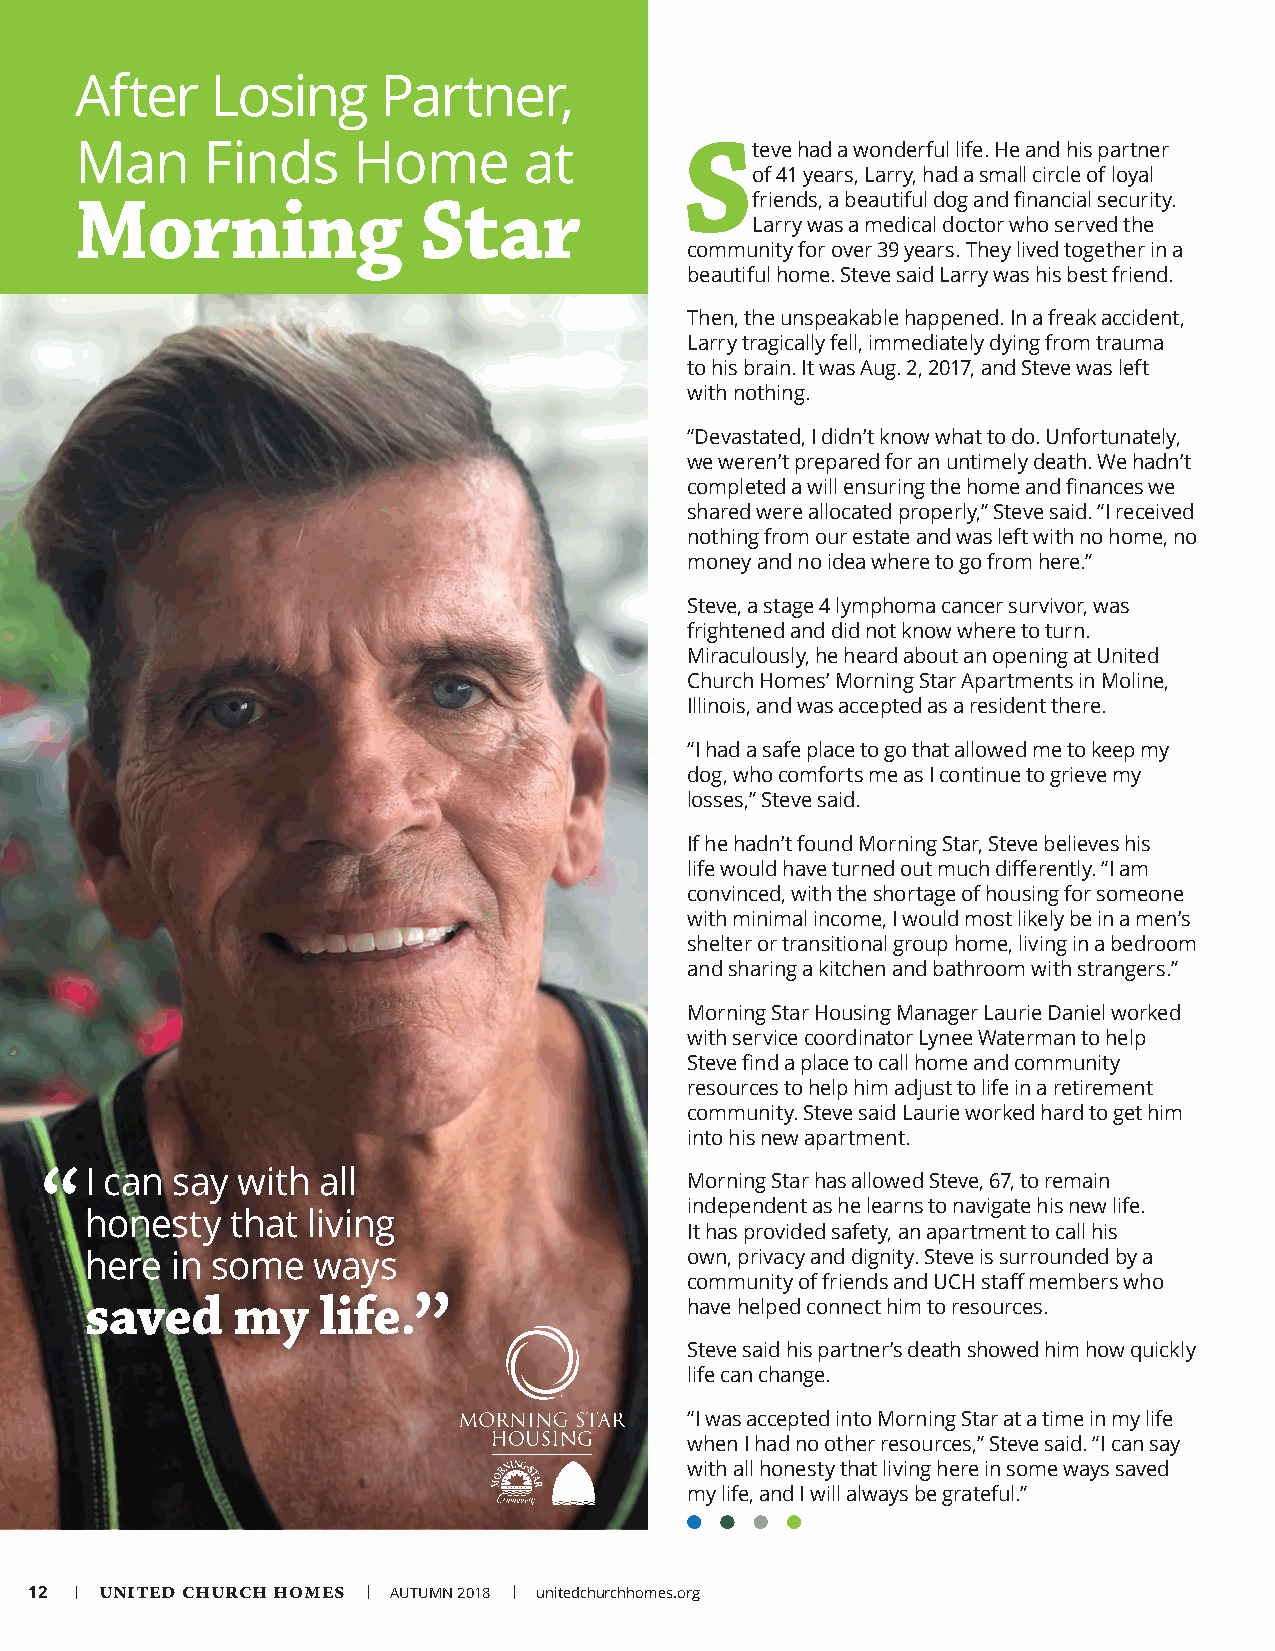
After    Losing     Partner,
 Man     Finds     Home        at        Steve   had a wonderful life. He and his partner
 of 41 years, Larry, had a small circle of loyal
 friends, a beautiful dog and financial security.
 Morning                Star
 Larry was a medical doctor who served the
 community for over 39 years. They lived together in a
 beautiful home. Steve said Larry was his best friend.
 Then, the unspeakable happened. In a freak accident,
 Larry tragically fell, immediately dying from trauma
 to his brain. It was Aug. 2, 2017, and Steve was left
 with nothing.
 “Devastated, I didn’t know what to do. Unfortunately,
 we weren’t prepared for an untimely death. We hadn’t
 completed a will ensuring the home and finances we
 shared were allocated properly,” Steve said. “I received
 nothing from our estate and was left with no home, no
 money and no idea where to go from here.”
 Steve, a stage 4 lymphoma cancer survivor, was
 frightened and did not know where to turn.
 Miraculously, he heard about an opening at United
 Church Homes’ Morning Star Apartments in Moline,
 Illinois, and was accepted as a resident there.
 “I had a safe place to go that allowed me to keep my
 dog, who comforts me as I continue to grieve my
 losses,” Steve said.
 If he hadn’t found Morning Star, Steve believes his
 life would have turned out much differently. “I am
 convinced, with the shortage of housing for someone
 with minimal income, I would most likely be in a men’s
 shelter or transitional group home, living in a bedroom
 and sharing a kitchen and bathroom with strangers.”
 Morning Star Housing Manager Laurie Daniel worked
 with service coordinator Lynee Waterman to help
 Steve find a place to call home and community
 resources to help him adjust to life in a retirement
 community. Steve said Laurie worked hard to get him
 into his new apartment.
 “I  can say  with all                     Morning Star has allowed Steve, 67, to remain
 independent as he learns to navigate his new life.
 honesty  that living
 It has provided safety, an apartment to call his
 here in some   ways                    own, privacy and dignity. Steve is surrounded by a
 community of friends and UCH staff members who
 saved    my    life.”                  have helped connect him to resources.
 Steve said his partner’s death showed him how quickly
 life can change.
 “I was accepted into Morning Star at a time in my life
 when I had no other resources,” Steve said. “I can say
 with all honesty that living here in some ways saved
 my life, and I will always be grateful.”
 12 | UNITED CHURCH HOMES | AUTUMN 2018 | unitedchurchhomes.org